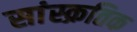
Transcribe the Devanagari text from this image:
सांस्क्रतिक